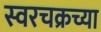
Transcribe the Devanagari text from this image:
स्वरचक्रच्या